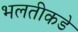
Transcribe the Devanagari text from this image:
भलतीकडे